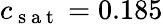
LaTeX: c_{\mathrm{~s~a~t~}}=0.185